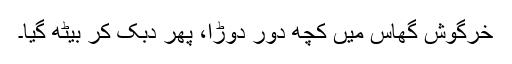
خرگوش گھاس میں کچھ دور دوڑا، پھر دُبک کر بیٹھ گیا۔